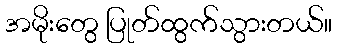
အမိုးတွေ ပြုတ်ထွက်သွားတယ်။